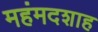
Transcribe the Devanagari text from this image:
महंमदशाह